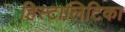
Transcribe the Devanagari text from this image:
हिस्टालिटिका